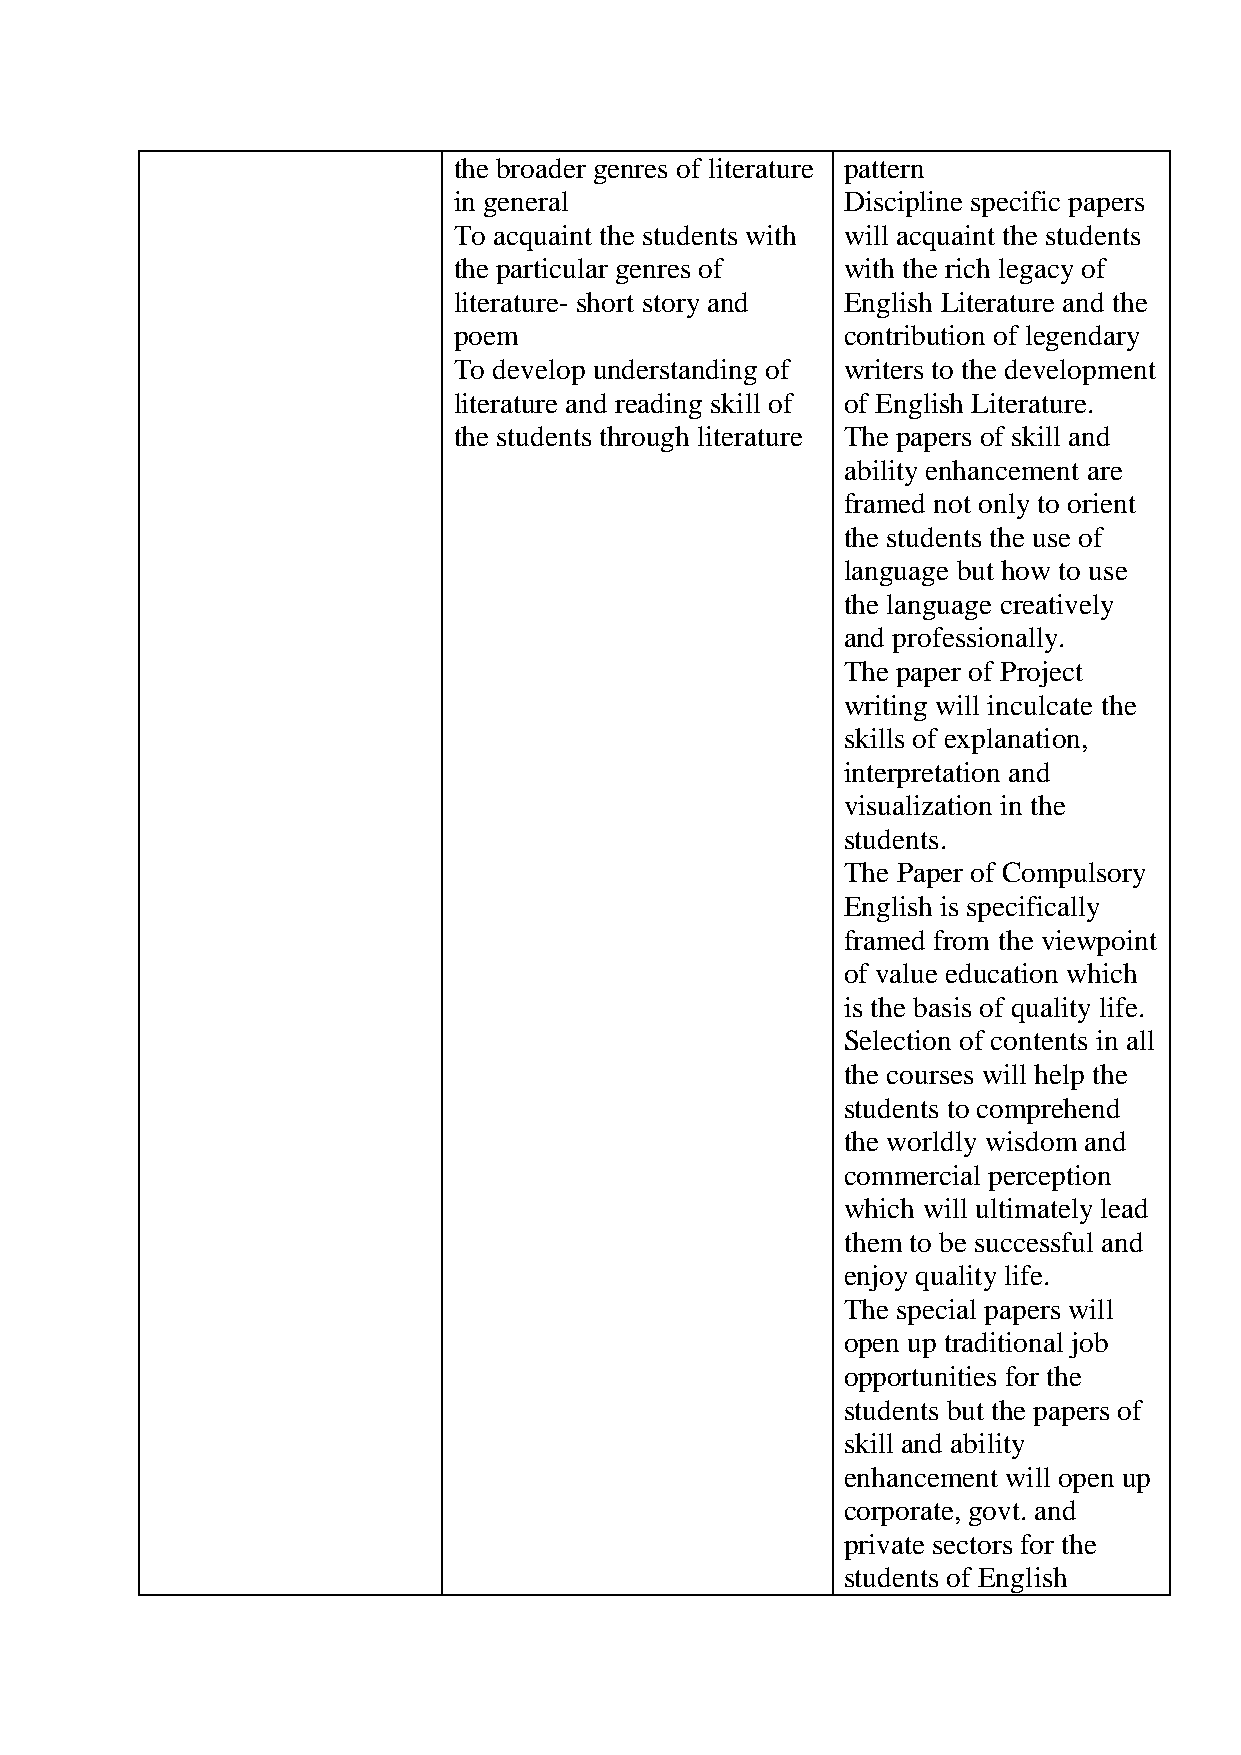
the broader genres of literature pattern
 in general                Discipline specific papers
 To acquaint the students with will acquaint the students
 the particular genres of  with the rich legacy of
 literature- short story and English Literature and the
 poem                      contribution of legendary
 To develop understanding of writers to the development
 literature and reading skill of of English Literature.
 the students through literature The papers of skill and
 ability enhancement are
 framed not only to orient
 the students the use of
 language but how to use
 the language creatively
 and professionally.
 The paper of Project
 writing will inculcate the
 skills of explanation,
 interpretation and
 visualization in the
 students.
 The Paper of Compulsory
 English is specifically
 framed from the viewpoint
 of value education which
 is the basis of quality life.
 Selection of contents in all
 the courses will help the
 students to comprehend
 the worldly wisdom and
 commercial perception
 which will ultimately lead
 them to be successful and
 enjoy quality life.
 The special papers will
 open up traditional job
 opportunities for the
 students but the papers of
 skill and ability
 enhancement will open up
 corporate, govt. and
 private sectors for the
 students of English